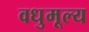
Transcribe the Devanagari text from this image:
वधुमूल्य